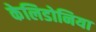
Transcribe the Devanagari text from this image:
केलिडोनिया